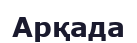
Арқада